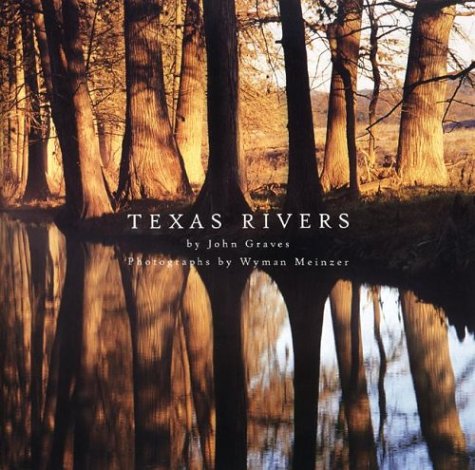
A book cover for Texas Rivers; John Graves; Science & Math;